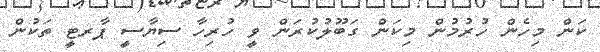
ކަން މިހެން ހުރުމުން މިކަން ގަބޫލުކުރަން ވީ ހުރިހާ ސިޔާސީ ޕާރޓީ ތަކުން